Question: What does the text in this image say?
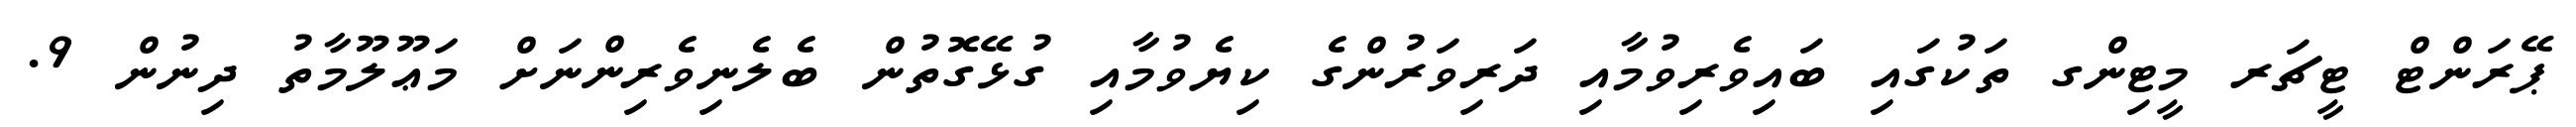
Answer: ޕޭރަންޓް ޓީޗަރ މީޓިންގ ތަކުގައި ބައިވެރިވުމާއި ދަރިވަރުންގެ ކިޔެވުމާއި ގުޅޭގޮތުން ބެލެނިވެރިންނަށް މަޢޫލޫމާތު ދިނުން 9.